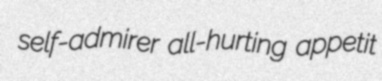
self-admirer all-hurting appetit